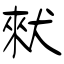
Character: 猌